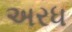
અરધ